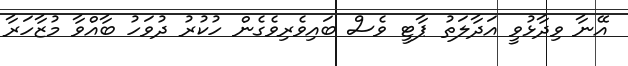
އޭނާ ވިދާޅުވީ އަދާލަތު ޕާޓީ ވެސް ބައިވެރިވެގެން ހުކުރު ދުވަހު ބާއްވާ މުޒާހަރާ